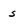
Character: s